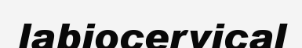
labiocervical